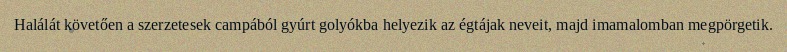
Halálát követően a szerzetesek campából gyúrt golyókba helyezik az égtájak neveit, majd imamalomban megpörgetik.